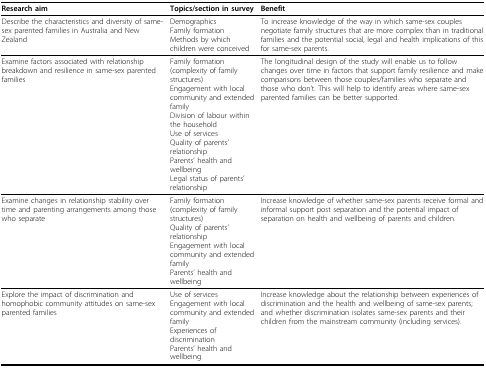
<table><thead><tr><td><b>Research aim</b></td><td><b>Topics/section in survey</b></td><td><b>Benefit</b></td></tr></thead><tbody><tr><td>Describe the characteristics and diversity of same-sex parented families in Australia and New Zealand</td><td>DemographicsFamily formationMethods by which children were conceived</td><td>To increase knowledge of the way in which same-sex couples negotiate family structures that are more complex than in traditional families and the potential social, legal and health implications of this for same-sex parents.</td></tr><tr><td>Examine factors associated with relationship breakdown and resilience in same-sex parented families</td><td>Family formation (complexity of family structures)Engagement with local community and extended familyDivision of labour within the householdUse of servicesQuality of parents&#x27; relationshipParents&#x27; health and wellbeingLegal status of parents&#x27; relationship</td><td>The longitudinal design of the study will enable us to follow changes over time in factors that support family resilience and make comparisons between those couples/families who separate and those who don&#x27;t. This will help to identify areas where same-sex parented families can be better supported.</td></tr><tr><td>Examine changes in relationship stability over time and parenting arrangements among those who separate</td><td>Family formation (complexity of family structures)Quality of parents&#x27; relationshipEngagement with local community and extended familyParents&#x27; health and wellbeing</td><td>Increase knowledge of whether same-sex parents receive formal and informal support post separation and the potential impact of separation on health and wellbeing of parents and children.</td></tr><tr><td>Explore the impact of discrimination and homophobic community attitudes on same-sex parented families</td><td>Use of servicesEngagement with local community and extended familyExperiences of discriminationParents&#x27; health and wellbeing</td><td>Increase knowledge about the relationship between experiences of discrimination and the health and wellbeing of same-sex parents; and whether discrimination isolates same-sex parents and their children from the mainstream community (including services).</td></tr></tbody></table>